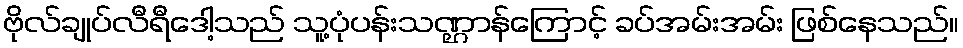
ဗိုလ်ချုပ်လီရီဒေါ့သည် သူ့ပုံပန်းသဏ္ဌာန်ကြောင့် ခပ်အမ်းအမ်း ဖြစ်နေသည်။